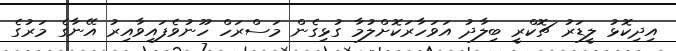
އިދިކޮޅު ލީޑަރު ޗޮކްރީ ބިލާދު އަވަހާރަކޮށްލުމާ ގުޅިގެން މަސްރަހް ހޫނުވެފައިވާއިރު އޭނާގެ މަރުގެ